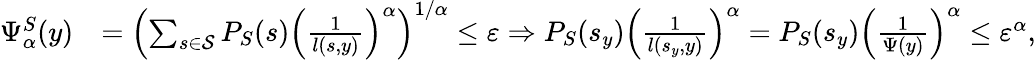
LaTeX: \begin{array}{rl}{\Psi_{\alpha}^{S}(y)}&{=\left(\sum_{s\in\mathcal{S}}P_{S}(s)\left(\frac{1}{l(s,y)}\right)^{\alpha}\right)^{1/\alpha}\leq{\varepsilon}\Rightarrow P_{S}(s_{y})\left(\frac{1}{l(s_{y},y)}\right)^{\alpha}=P_{S}(s_{y})\left(\frac{1}{\Psi(y)}\right)^{\alpha}\leq{\varepsilon^{\alpha}},}\end{array}